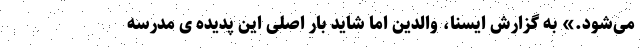
می‌شود.» به گزارش ایسنا، والدین اما شاید بار اصلی این پدیده ی مدرسه